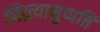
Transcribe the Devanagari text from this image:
निव्र्त्यानुप्पत्ति